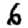
Digit: 6